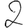
Digit: 2